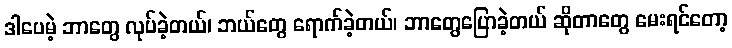
ဒါပေမဲ့ ဘာတွေ လုပ်ခဲ့တယ်၊ ဘယ်တွေ ရောက်ခဲ့တယ်၊ ဘာတွေပြောခဲ့တယ် ဆိုတာတွေ မေးရင်တော့